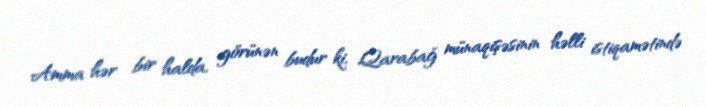
Amma hər bir halda, görünən budur ki, Qarabağ münaqişəsinin həlli istiqamətində